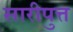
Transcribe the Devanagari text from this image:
सारीपुत्त